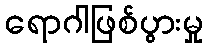
ရောဂါဖြစ်ပွားမှု